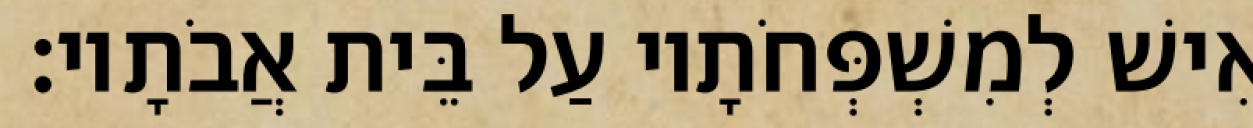
אִישׁ לְמִשְׁפְּחֹתָיו עַל בֵּית אֲבֹתָיו׃